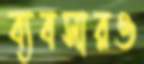
ব্যবসারও